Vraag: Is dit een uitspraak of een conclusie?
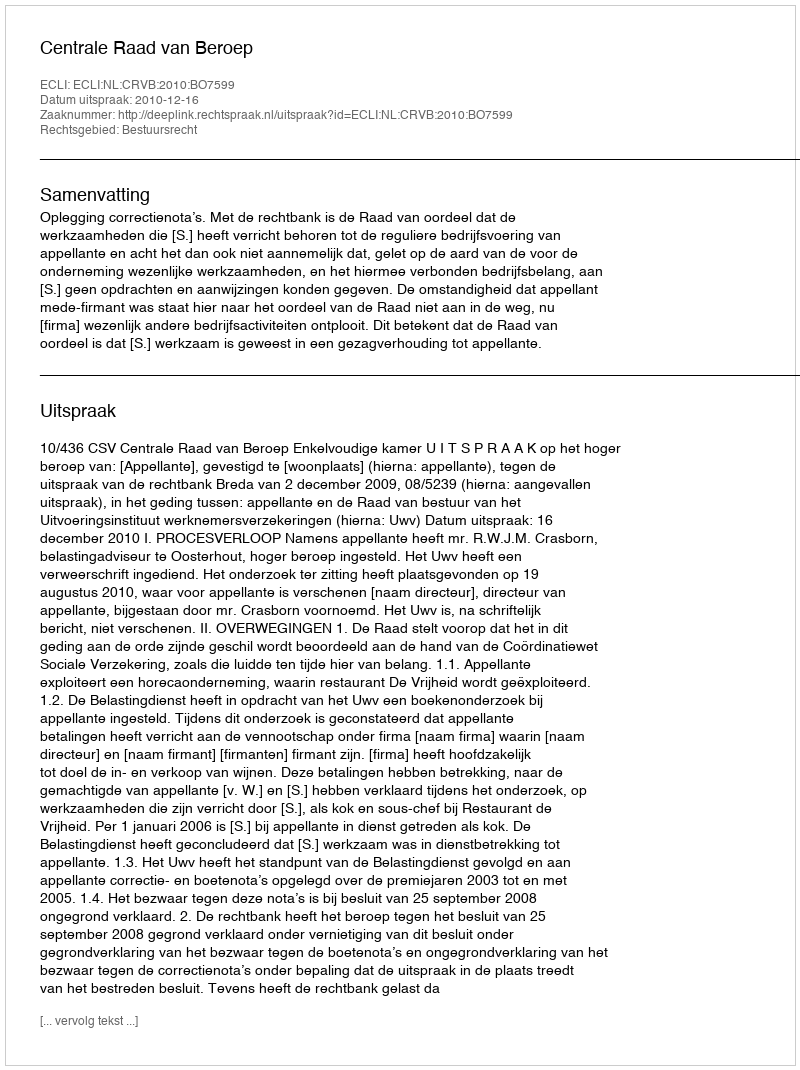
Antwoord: Uitspraak